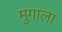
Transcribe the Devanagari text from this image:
मुगाला